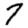
Digit: 7